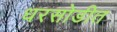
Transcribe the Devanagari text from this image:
धरसोडीत